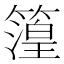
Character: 𮆐